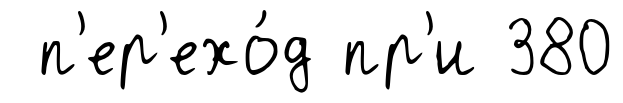
п'ер'ехо́д пр'и 380